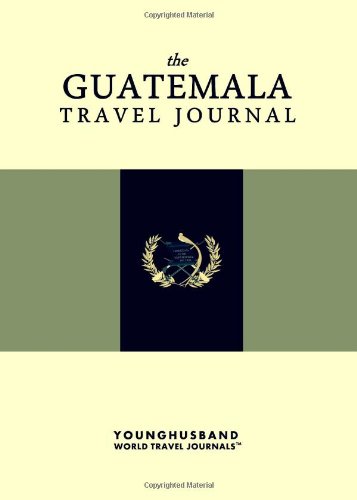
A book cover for The Guatemala Travel Journal; The Guatemala Travel Journal; Travel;